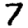
Digit: 7